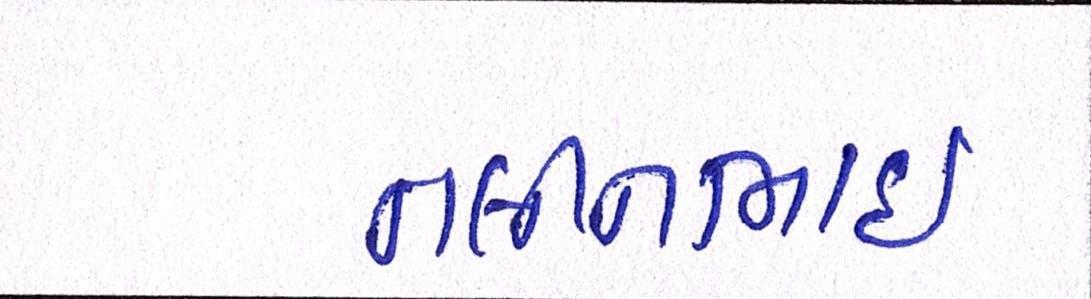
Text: નલીનભાઈ